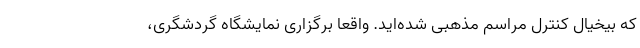
که بیخیال کنترل مراسم مذهبی شده‌اید. واقعا برگزاری نمایشگاه گردشگری،